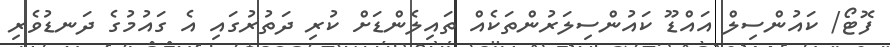
ފޮޓޯ/ ކައުންސިލް އައްޑޫ ކައުންސިލަރުންތަކެއް ތައިލެންޑަށް ކުރި ދަތުރުގައި އެ ގައުމުގެ ދަނޑުވެރި